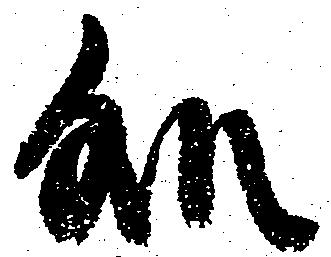
処